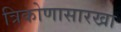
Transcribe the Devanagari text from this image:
त्रिकोणासारखा